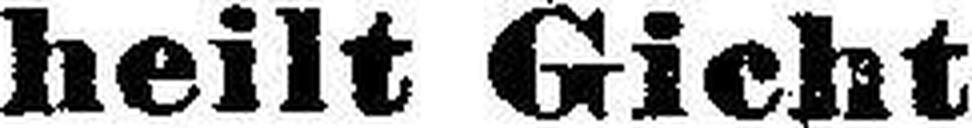
heilt Gicht